King Institute of Preventive Medicine Micro-Biological Section reports 1909-11
Year: 1909
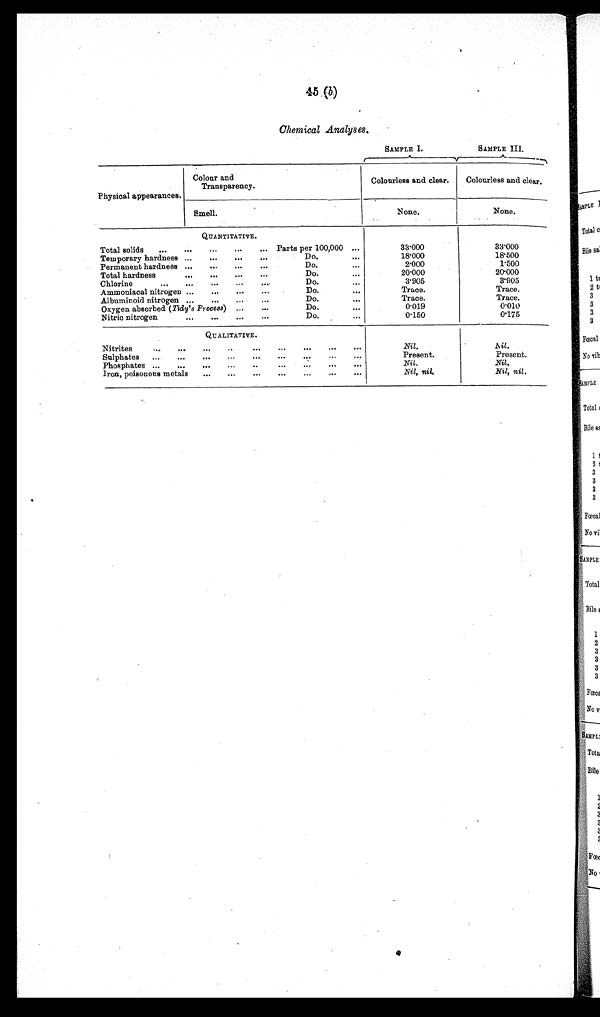
45 (b)
Chemical Analyses.
SAMPLE I.
SAMPLE III.
Physical appearances.
Colour and
Transparency.
Colourless and clear.
Colourless and clear.
Smell.
None.
None.
QUANTITATIVE.
Total solids
...
...
...
...
... Parts per 100,000 ...
33.000
33.000
Temporary hardness ...
...
...
...
Do.
...
18.000
18.500
Permanent hardness ...
...
...
...
Do.
...
2.000
1.500
Total hardness
...
...
...
Do.
...
20.000
20.000
Chlorine
... ...
...
...
. . .
Do.
...
3.905
3.905
Ammoniacal nitrogen ...
...
...
Do.
. . .
Trace.
Trace.
Albuminoid nitrogen ...
...
. . .
Do.
. . .
Trace.
Trace.
Oxygen absorbed ( Tidy's Process) ...
...
Do.
. . .
0.019
0.010
Nitric nitrogen
... ... ...
Do.
...
0.150
0.175
QUALITATIVE.
Nitrites
...
...
...
...
...
. .
Nil .
Nil.
Sulphates
...
...
...
...
... ...
...
..
Present.
Present.
Phosphates ...
..
...
...
...
...
...
...
Nil .
Nil.
Iron, poisonous metals
...
...
...
...
...
...
...
Nil, nil.
Nil, nil .